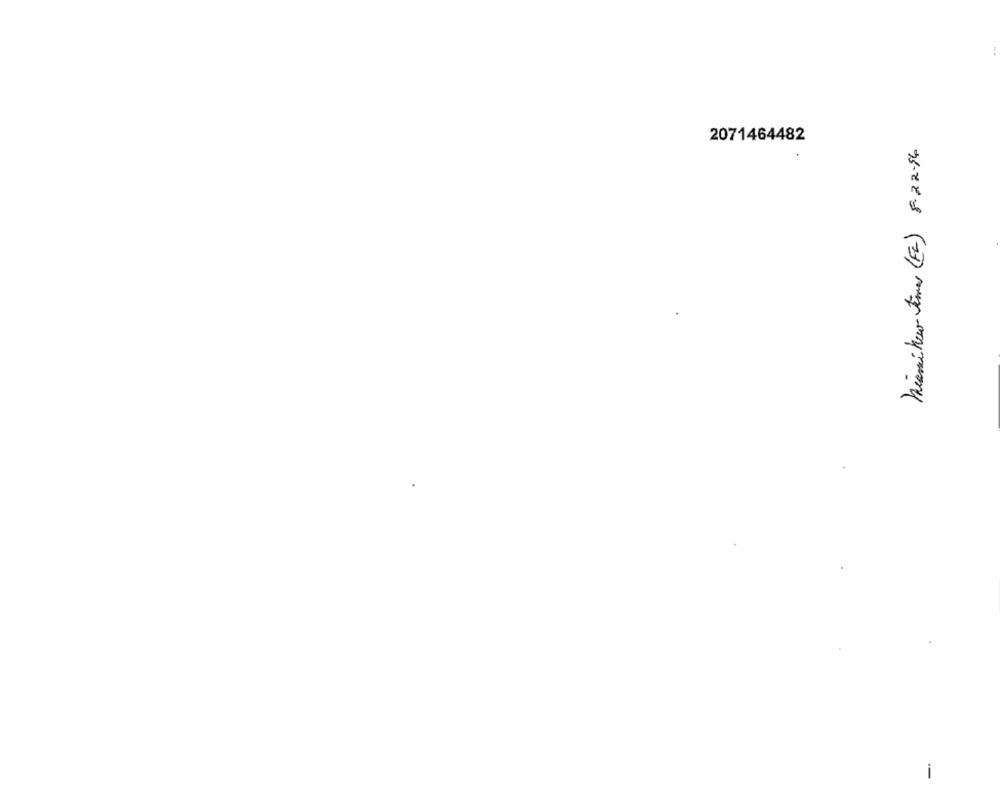
2071464482
miami ker times (FL) 8-22.94
-